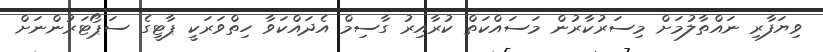
ވިޔަފާރި ނައްތާލުމަށް މިސަރުކާރުން މަސައްކަތް ކުރާއިރު ގާސިމް އެދައްކަވާ ހިތްވަރަކީ ޕާޓީގެ ސަޕޯޓަރުންނަށް